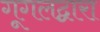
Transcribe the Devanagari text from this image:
गूगलद्वारा